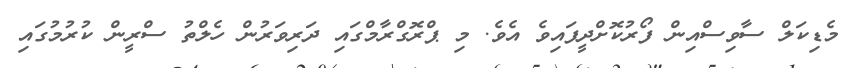
މެޑިކަލް ސާވިސްއިން ފޯރުކޮށްދީފައިވެ އެވެ. މި ޕްރޮގްރާމްގައި ދަރިވަރުން ހެލްތު ސްރީން ކުރުމުގައި